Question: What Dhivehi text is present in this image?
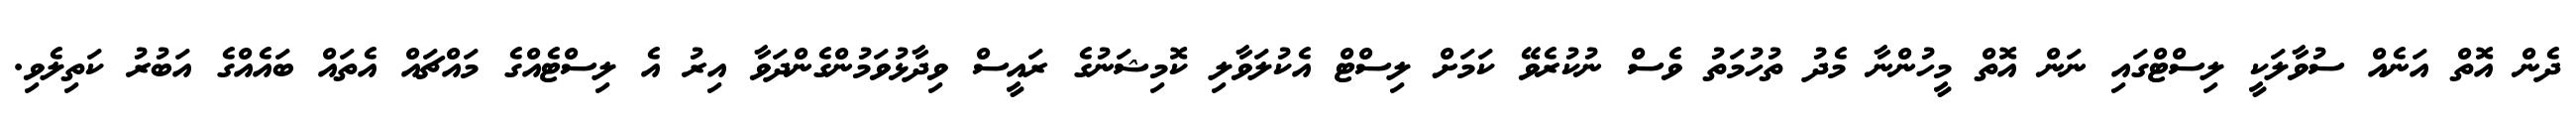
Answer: ދެން އޮތް އަނެއް ސުވާލަކީ ލިސްޓްގައި ނަން އޮތް މީހުންނާ މެދު ތުހުމަތު ވެސް ނުކުރެވޭ ކަމަށް ލިސްޓް އެކުލަވާލި ކޮމިޝަނުގެ ރައީސް ވިދާޅުވަމުންގެންދަވާ އިރު އެ ލިސްޓެއްގެ މައްޗައް އެތައް ބައެއްގެ އަބުރު ކަތިލެވި.